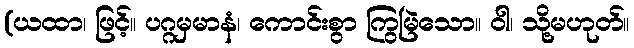
(ယထာ၊ ဖြင့်။ ပဂ္ဂမှမာနံ၊ ကောင်းစွာ ကြွမြဲသော။ ဝါ၊ သို့မဟုတ်။